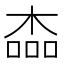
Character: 楍